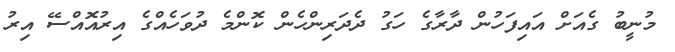
މުނީބު ގެއަށް އައިފަހުން ދާރާގެ ހަގު ދެދަރިންހެން ކޮންމެ ދުވަހެއްގެ އިރުއޮއްސޭ އިރު